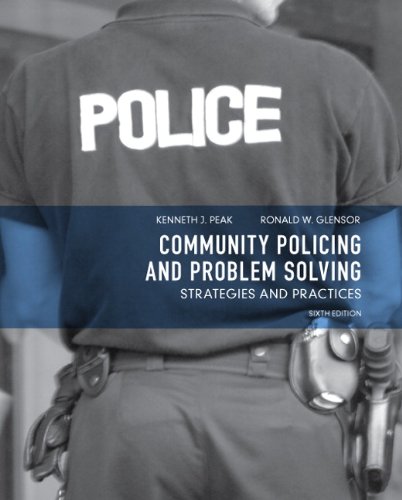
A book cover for Community Policing and Problem Solving: Strategies and Practices (6th Edition); Kenneth J. Peak; Law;